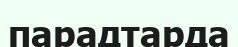
парадтарда